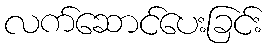
လက်ဆောင်ပေးခြင်း